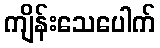
ကျိန်းသေပေါက်